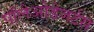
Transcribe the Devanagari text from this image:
पॉलेओडेजर्टस